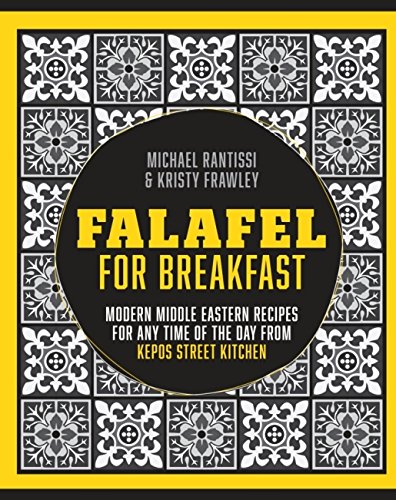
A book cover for Falafel for Breakfast: Modern Middle Eastern Recipes for the Shared Table from Kepos Street Food; Kirsty Frawley; Cookbooks, Food & Wine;